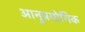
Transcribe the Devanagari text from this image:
आनुप्रयोगिक